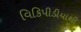
વિકિપીડીયાથી